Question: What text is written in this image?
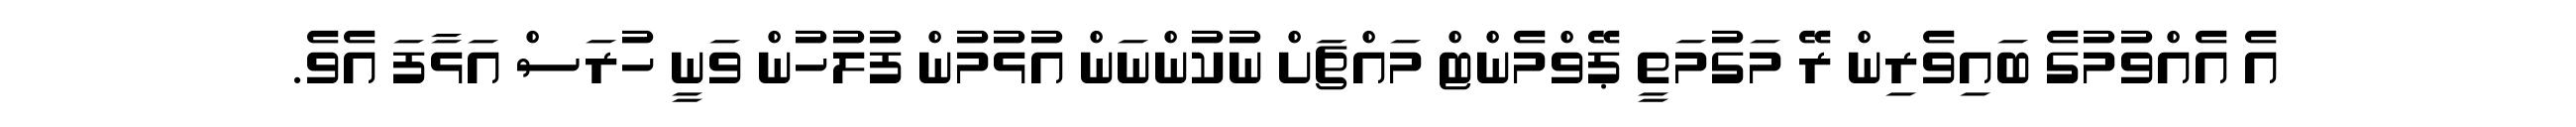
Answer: އެ އެއްވުމުގެ ބައިވެރިން ރޭ މަގުމަތީ ޕޭވްމެންޓް މައްޗަށް ނުކުންނަން އުޅުމުން ފުލުހުން ވަނީ ހުރަސް އަޅާފަ އެވެ.